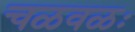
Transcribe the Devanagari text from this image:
चळवळः